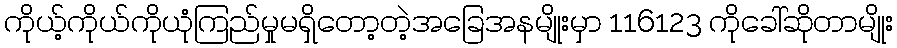
ကိုယ့်ကိုယ်ကိုယုံကြည်မှုမရှိတော့တဲ့အခြေအနမျိုးမှာ 116123 ကိုခေါ်ဆိုတာမျိုး